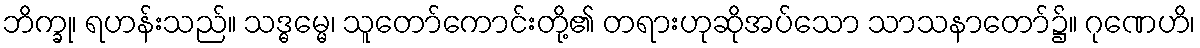
ဘိက္ခု၊ ရဟန်းသည်။ သဒ္ဓမ္မေ၊ သူတော်ကောင်းတို့၏ တရားဟုဆိုအပ်သော သာသနာတော်၌။ ဂုဏေဟိ၊